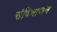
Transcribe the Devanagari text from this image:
संविभाजन